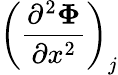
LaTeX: \left(\frac{\partial^{2}\mathbf{\Phi}}{\partial x^{2}}\right)_{j}